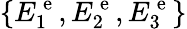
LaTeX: \{ E_{1}^{\mathrm{~e~}},E_{2}^{\mathrm{~e~}},E_{3}^{\mathrm{~e~}}\}